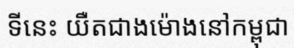
ទីនេះ យឺតជាងម៉ោងនៅកម្ពុជា